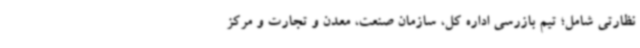
نظارتی شامل؛ تیم بازرسی اداره کل، سازمان صنعت، معدن و تجارت و مرکز